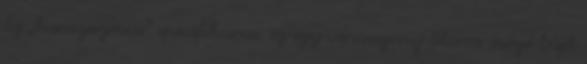
Ez „kunczeizmus” specifikuma. ez egy vénasszony álarca mögé bújt